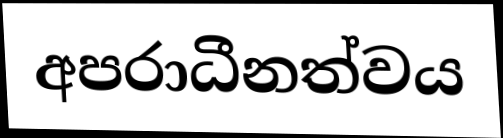
අපරාධීනත්වය